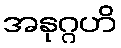
အနုဂ္ဂဟိ